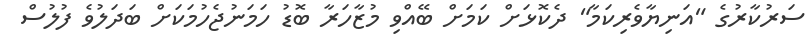
ސަރުކާރުގެ "އަނިޔާވެރިކަމާ" ދެކޮޅަށް ކަމަށް ބޭއްވި މުޒާހަރާ ބޮޑު ހަމަނުޖެހުމަކަށް ބަދަލުވެ ފުލުސް